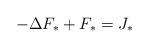
LaTeX: \begin{align*} -\Delta F_* + F_* = J_* \end{align*}